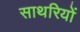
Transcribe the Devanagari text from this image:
साथरियों